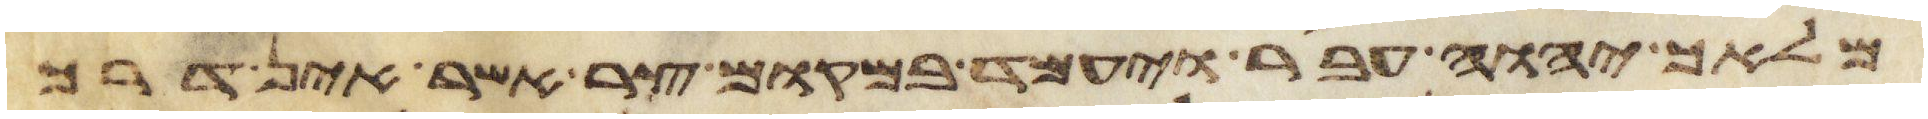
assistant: מלאך יהוה עבר ויעמד במקום צר אשר אין דרך